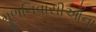
મૂળનિવાસીઓના